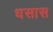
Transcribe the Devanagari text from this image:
धसास